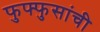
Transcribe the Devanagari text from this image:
फुफ्फुसांची